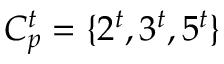
C _ { p } ^ { t } = \{ 2 ^ { t } , 3 ^ { t } , 5 ^ { t } \}